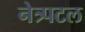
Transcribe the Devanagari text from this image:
नेत्र्पटल